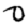
Digit: 0